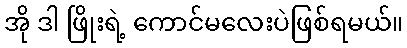
အို ဒါ ဖြိုးရဲ့ ကောင်မလေးပဲဖြစ်ရမယ်။